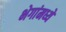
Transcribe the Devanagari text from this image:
भेगांमध्ये